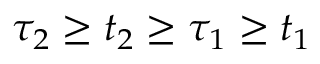
\tau _ { 2 } \geq t _ { 2 } \geq \tau _ { 1 } \geq t _ { 1 }